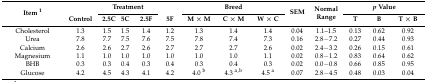
<table><thead><tr><td rowspan="2"><b>Item <sup>1</sup></b></td><td></td><td colspan="3"><b>Treatment</b></td><td></td><td colspan="3"><b>Breed</b></td><td rowspan="2"><b>SEM</b></td><td rowspan="2"><b>Normal Range</b></td><td colspan="3"><b><i>p</i> Value</b></td></tr><tr><td><b>Control</b></td><td><b>2.5C</b></td><td><b>5C</b></td><td><b>2.5F</b></td><td><b>5F</b></td><td><b>M × M</b></td><td><b>C × M</b></td><td><b>W × C</b></td><td><b>T</b></td><td><b>B</b></td><td><b>T × B</b></td></tr></thead><tbody><tr><td>Cholesterol</td><td>1.3</td><td>1.5</td><td>1.5</td><td>1.4</td><td>1.2</td><td>1.3</td><td>1.4</td><td>1.4</td><td>0.04</td><td>1.1–1.5</td><td>0.13</td><td>0.62</td><td>0.92</td></tr><tr><td>Urea</td><td>7.8</td><td>7.7</td><td>7.5</td><td>7.6</td><td>7.5</td><td>7.8</td><td>7.4</td><td>7.3</td><td>0.16</td><td>2.8−7.2</td><td>0.27</td><td>0.44</td><td>0.93</td></tr><tr><td>Calcium</td><td>2.6</td><td>2.6</td><td>2.7</td><td>2.6</td><td>2.7</td><td>2.7</td><td>2.7</td><td>2.6</td><td>0.02</td><td>2.4−3.2</td><td>0.26</td><td>0.15</td><td>0.61</td></tr><tr><td>Magnesium</td><td>1.1</td><td>1.0</td><td>1.0</td><td>1.0</td><td>1.0</td><td>1.0</td><td>1.0</td><td>1.1</td><td>0.02</td><td>0.8−1.2</td><td>0.83</td><td>0.64</td><td>0.62</td></tr><tr><td>BHB</td><td>0.3</td><td>0.3</td><td>0.4</td><td>0.3</td><td>0.4</td><td>0.3</td><td>0.4</td><td>0.3</td><td>0.02</td><td>0.0−0.8</td><td>0.66</td><td>0.85</td><td>0.95</td></tr><tr><td>Glucose</td><td>4.2</td><td>4.5</td><td>4.3</td><td>4.1</td><td>4.2</td><td>4.0 <sup>b</sup></td><td>4.3 <sup>a</sup><sup>,</sup><sup>b</sup></td><td>4.5 <sup>a</sup></td><td>0.07</td><td>2.8−4.5</td><td>0.48</td><td>0.03</td><td>0.04</td></tr></tbody></table>